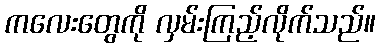
ကလေးတွေကို လှမ်းကြည့်လိုက်သည်။